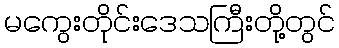
မကွေးတိုင်းဒေသကြီးတို့တွင်